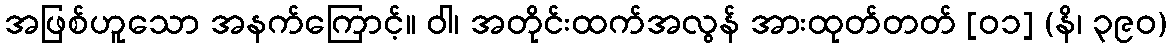
အဖြစ်ဟူသော အနက်ကြောင့်။ ဝါ၊ အတိုင်းထက်အလွန် အားထုတ်တတ် [၀၁] (နိ၊ ၃၉၀)